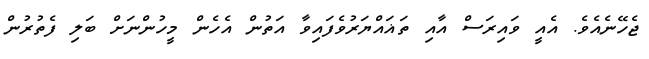
ޖެހޭނެއެވެ. އެއީ ވައިރަސް އާއި ތަޣައްޔަރުވެފައިވާ އަތުން އެހެން މީހުންނަށް ބަލި ފެތުރުން